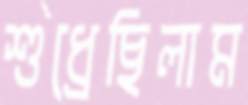
শুধ্‌রেছিলাম